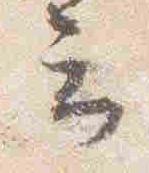
云